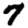
Digit: 7